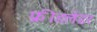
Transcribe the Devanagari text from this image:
फ्रीडलेंडर